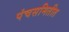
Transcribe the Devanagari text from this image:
पंचसमितीत